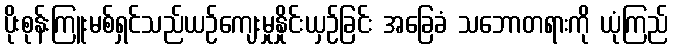
ပိုးစုန်းကြူးမစ်ရှင်သည်ယဉ်ကျေးမှုနှိုင်းယှဉ်ခြင်း အခြေခံ သဘောတရားကို ယုံကြည်